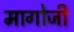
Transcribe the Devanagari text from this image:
मागोजी